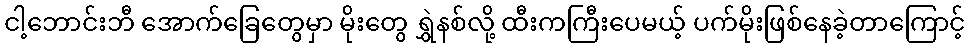
ငါ့ဘောင်းဘီ အောက်ခြေတွေမှာ မိုးတွေ ရွှဲနစ်လို့ ထီးကကြီးပေမယ့် ပက်မိုးဖြစ်နေခဲ့တာကြောင့်